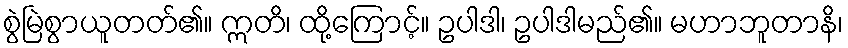
စွဲမြဲစွာယူတတ်၏။ ဣတိ၊ ထို့ကြောင့်။ ဥပါဒါ၊ ဥပါဒါမည်၏။ မဟာဘူတာနိ၊